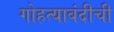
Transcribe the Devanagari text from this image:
गोहत्याबंदीची